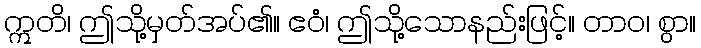
ဣတိ၊ ဤသို့မှတ်အပ်၏။ ဧဝံ၊ ဤသို့သောနည်းဖြင့်။ တာဝ၊ စွာ။